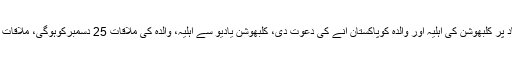
یاد رہے کہ پاکستان نے انسانی ہمدردی کی بنیاد پر کلبھوشن کی اہلیہ اور والدہ کوپاکستان آنے کی دعوت دی، کلبھوشن یادیو سے اہلیہ، والدہ کی ملاقات 25 دسمبرکوہوگی، ملاقات کے لیے جگہ کے تعین کا فیصلہ ابھی نہیں ہوا۔